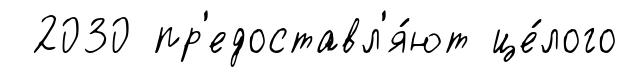
2030 пр'едоставл'я́ют це́лого